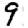
Digit: 9